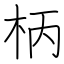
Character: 柄